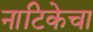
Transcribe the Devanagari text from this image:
नाटिकेचा